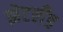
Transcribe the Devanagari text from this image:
झेटलँड